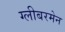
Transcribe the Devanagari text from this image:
ग्लीबरमेन